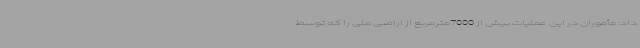
داد: مأموران در این عملیات بیش از 7000مترمربع از اراضی ملی را که توسط